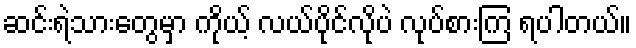
ဆင်းရဲသားတွေမှာ ကိုယ့် လယ်ပိုင်လိုပဲ လုပ်စားကြ ရပါတယ်။